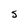
Character: S